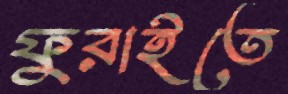
ফুরাইতে